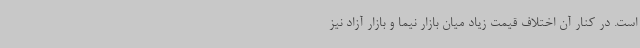
است. در کنار آن اختلاف قیمت زیاد میان بازار نیما و بازار آزاد نیز